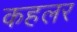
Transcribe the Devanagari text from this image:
कहलर